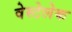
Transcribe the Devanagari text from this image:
वेस्टेलेक